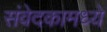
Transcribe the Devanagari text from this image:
संवेदकामध्ये